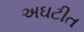
અઘટીત